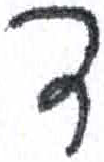
אות: ד